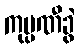
ကုမ္ပဏီခွဲ